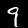
Digit: 9